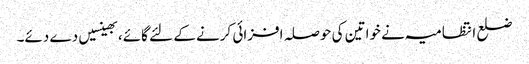
ضلع انتظامیہ نے خواتین کی حوصلہ افزائی کرنے کے لئے گائے، بھینسیں دے دئے۔